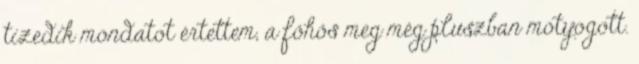
tizedik mondatot értettem, a főhős meg még pluszban motyogott.